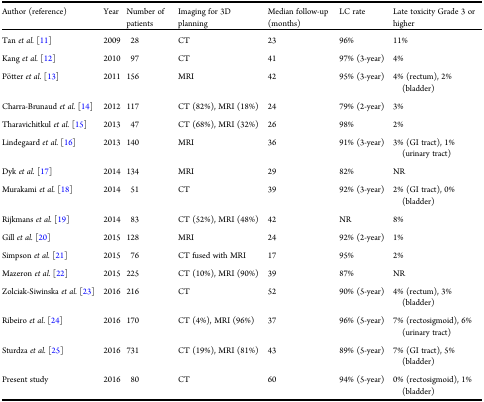
<table><thead><tr><td><b>Author (reference)</b></td><td><b>Year</b></td><td><b>Number of patients</b></td><td><b>Imaging for 3D planning</b></td><td><b>Median follow-up (months)</b></td><td><b>LC rate</b></td><td><b>Late toxicity Grade 3 orhigher</b></td></tr></thead><tbody><tr><td>Tan <i>et al</i>. [11]</td><td>2009</td><td>28</td><td>CT</td><td>23</td><td>96%</td><td>11%</td></tr><tr><td>Kang<i>et al</i>. [12]</td><td>2010</td><td>97</td><td>CT</td><td>41</td><td>97%(3-year)</td><td>4%</td></tr><tr><td>Pötter <i>et al</i>. [13]</td><td>2011</td><td>156</td><td>MRI</td><td>42</td><td>95%(3-year)</td><td>4% (rectum), 2% (bladder)</td></tr><tr><td>Charra-Brunaud<i>et al</i>. [14]</td><td>2012</td><td>117</td><td>CT (82%), MRI(18%)</td><td>24</td><td>79% (2-year)</td><td>3%</td></tr><tr><td>Tharavichitkul<i>et al</i>. [15]</td><td>2013</td><td>47</td><td>CT (68%), MRI(32%)</td><td>26</td><td>98%</td><td>2%</td></tr><tr><td>Lindegaard <i>etal</i>. [16]</td><td>2013</td><td>140</td><td>MRI</td><td>36</td><td>91%(3-year)</td><td>3% (GI tract), 1% (urinary tract)</td></tr><tr><td>Dyk <i>etal</i>. [17]</td><td>2014</td><td>134</td><td>MRI</td><td>29</td><td>82%</td><td>NR</td></tr><tr><td>Murakami<i>et al</i>. [18]</td><td>2014</td><td>51</td><td>CT</td><td>39</td><td>92%(3-year)</td><td>2% (GI tract), 0% (bladder)</td></tr><tr><td>Rijkmans <i>etal</i>. [19]</td><td>2014</td><td>83</td><td>CT (52%), MRI(48%)</td><td>42</td><td>NR</td><td>8%</td></tr><tr><td>Gill <i>etal</i>. [20]</td><td>2015</td><td>128</td><td>MRI</td><td>24</td><td>92%(2-year)</td><td>1%</td></tr><tr><td>Simpson <i>et al</i>. [21]</td><td>2015</td><td>76</td><td>CTfused with MRI</td><td>17</td><td>95%</td><td>2%</td></tr><tr><td>Mazeron<i>et al</i>. [22]</td><td>2015</td><td>225</td><td>CT (10%), MRI(90%)</td><td>39</td><td>87%</td><td>NR</td></tr><tr><td>Zolciak-Siwinska<i>et al</i>. [23]</td><td>2016</td><td>216</td><td>CT</td><td>52</td><td>90%(5-year)</td><td>4% (rectum), 3% (bladder)</td></tr><tr><td>Ribeiro <i>etal</i>. [24]</td><td>2016</td><td>170</td><td>CT (4%), MRI(96%)</td><td>37</td><td>96% (5-year)</td><td>7% (rectosigmoid), 6% (urinarytract)</td></tr><tr><td>Sturdza <i>et al</i>. [25]</td><td>2016</td><td>731</td><td>CT (19%), MRI(81%)</td><td>43</td><td>89% (5-year)</td><td>7% (GI tract), 5%(bladder)</td></tr><tr><td>Presentstudy</td><td>2016</td><td>80</td><td>CT</td><td>60</td><td>94%(5-year)</td><td>0% (rectosigmoid), 1%(bladder)</td></tr></tbody></table>